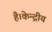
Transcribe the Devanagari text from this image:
है।केन्द्रीय